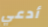
أدعي